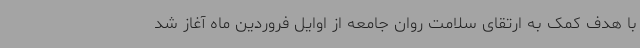
با هدف کمک به ارتقای سلامت روان جامعه از اوایل فروردین ماه آغاز شد